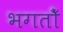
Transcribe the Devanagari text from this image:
भगतोँ